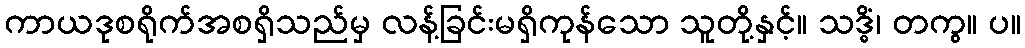
ကာယဒုစရိုက်အစရှိသည်မှ လန့်ခြင်းမရှိကုန်သော သူတို့နှင့်။ သဒ္ဓိံ၊ တကွ။ ပ။